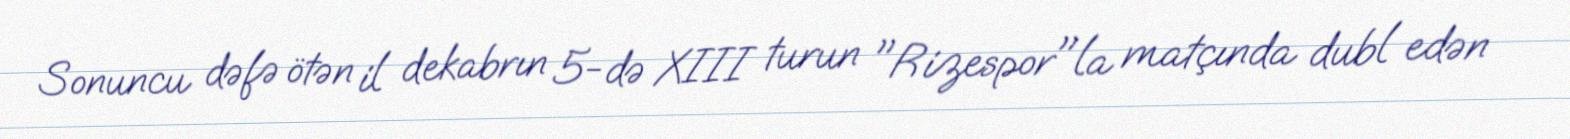
Sonuncu dəfə ötən il dekabrın 5-də XIII turun "Rizespor"la matçında dubl edən